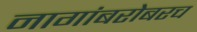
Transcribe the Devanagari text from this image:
नागांबरोबरच